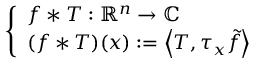
\left\{ \begin{array} { l l } { f \ast T : \mathbb { R } ^ { n } \to \mathbb { C } } \\ { ( f \ast T ) ( x ) : = \left\langle T , \tau _ { x } { \tilde { f } } \right\rangle } \end{array} \right.